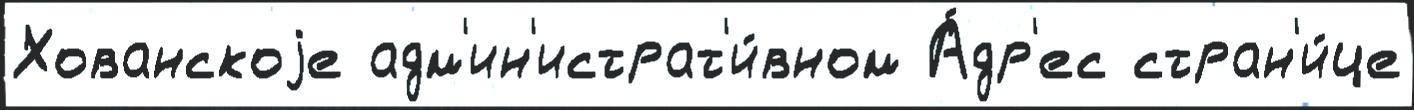
Хованскоjе адм'ин'истрат'и́вном А́др'ес стран'и́це